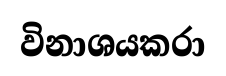
විනාශයකරා